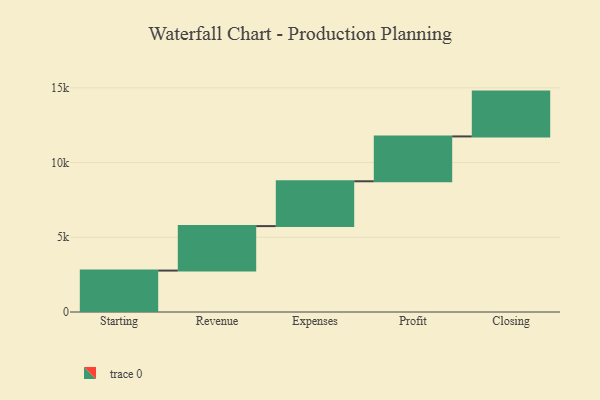
{"axis": {"x": "Step", "y": "Value"}, "legend": [""], "data": [{"x": "Starting", "y": 2772.0, "type": ""}, {"x": "Revenue", "y": 2976.0, "type": ""}, {"x": "Expenses", "y": 3000, "type": ""}, {"x": "Profit", "y": 3000, "type": ""}, {"x": "Closing", "y": 3000, "type": ""}]}